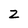
Character: Z